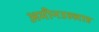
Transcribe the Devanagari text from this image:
अमीनउल्लाह